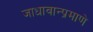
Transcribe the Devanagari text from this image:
जाधावान्प्रमाणे